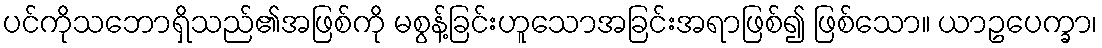
ပင်ကိုသဘောရှိသည်၏အဖြစ်ကို မစွန့်ခြင်းဟူသောအခြင်းအရာဖြစ်၍ ဖြစ်သော။ ယာဥပေက္ခာ၊